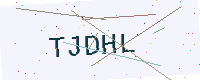
Text: TJDHL